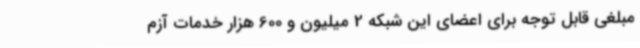
مبلغی قابل توجه برای اعضای این شبکه 2 میلیون و 600 هزار خدمات آزم